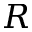
R